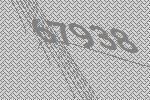
67938